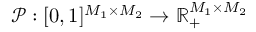
\boldsymbol { \mathcal { P } } : [ 0 , 1 ] ^ { M _ { 1 } \times M _ { 2 } } \to \mathbb { R } _ { + } ^ { M _ { 1 } \times M _ { 2 } }